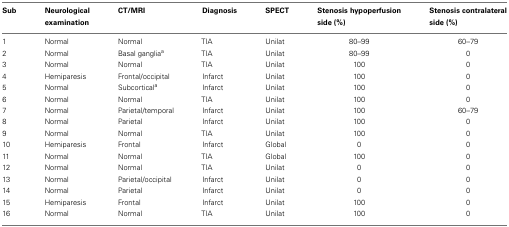
| Sub | Neurological examination | CT/MRI | Diagnosis | SPECT | Stenosis hypoperfusion side (%) | Stenosis contralateral side (%) |
 | --- | --- | --- | --- | --- | --- | --- |
 | 1 | Normal | Normal | TIA | Unilat | 80–99 | 60–79 |
 | 2 | Normal | Basal gangliaa | TIA | Unilat | 80–99 | 0 |
 | 3 | Normal | Normal | TIA | Unilat | 100 | 0 |
 | 4 | Hemiparesis | Frontal/occipital | Infarct | Unilat | 100 | 0 |
 | 5 | Normal | Subcorticala | Infarct | Unilat | 100 | 0 |
 | 6 | Normal | Normal | TIA | Unilat | 100 | 0 |
 | 7 | Normal | Parietal/temporal | Infarct | Unilat | 100 | 60–79 |
 | 8 | Normal | Parietal | Infarct | Unilat | 100 | 0 |
 | 9 | Normal | Normal | TIA | Unilat | 100 | 0 |
 | 10 | Hemiparesis | Frontal | Infarct | Global | 0 | 0 |
 | 11 | Normal | Normal | TIA | Global | 100 | 0 |
 | 12 | Normal | Normal | TIA | Unilat | 0 | 0 |
 | 13 | Normal | Parietal/occipital | Infarct | Unilat | 0 | 0 |
 | 14 | Normal | Parietal | Infarct | Unilat | 0 | 0 |
 | 15 | Hemiparesis | Frontal | Infarct | Unilat | 100 | 0 |
 | 16 | Normal | Normal | TIA | Unilat | 100 | 0 |